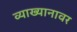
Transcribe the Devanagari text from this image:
व्याख्यानावर